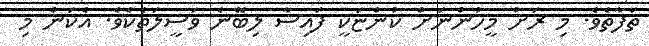
ތަފާތެވެ. މި ރަށު މީހުންނަށް ކުންޏަކީ ފައިސާ ލިބޭނެ ވަސީލަތެކެވެ. އެކަން މި